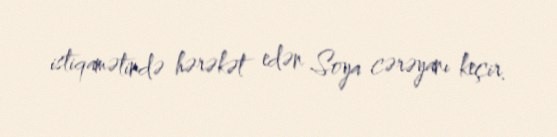
istiqamətində hərəkət edən Soya cərəyanı keçir.